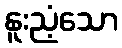
နူးညံ့သော